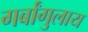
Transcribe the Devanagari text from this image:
गर्बांगुलाय